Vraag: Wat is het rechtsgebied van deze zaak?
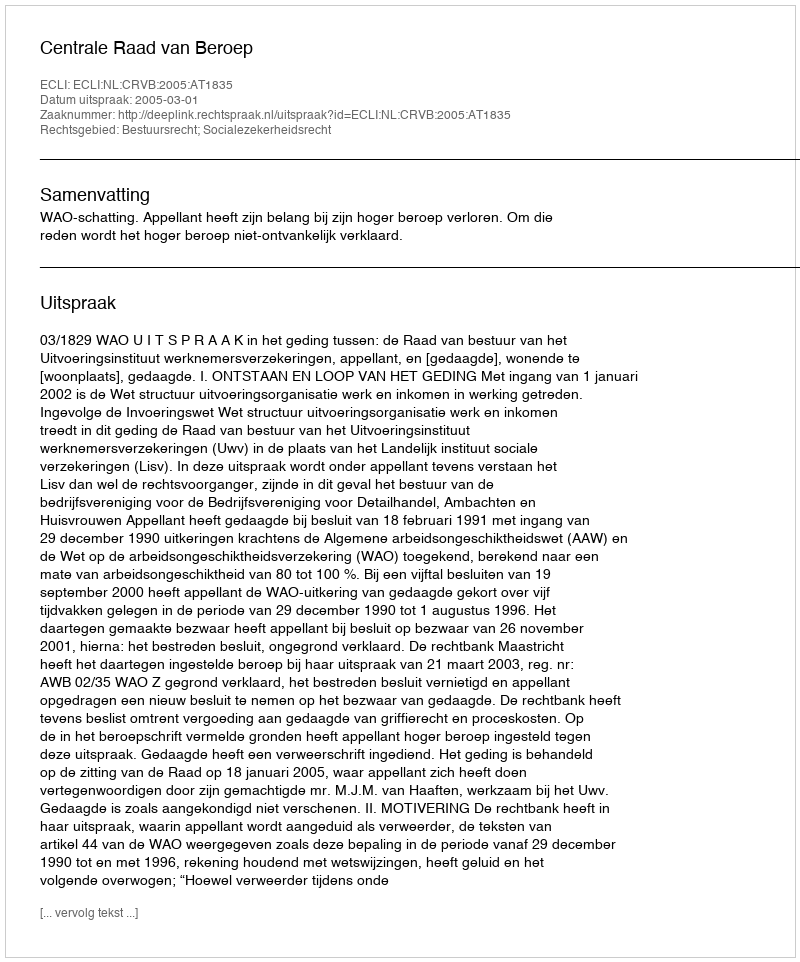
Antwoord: Bestuursrecht; Socialezekerheidsrecht